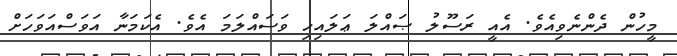
މީހުން ދެންނެވިއެވެ. އެއީ ރަސޫލު ޞައްލަ ޢަލައިހި ވަސައްލަމަ އެވެ. އެކަމަނާ އަވަސްއަވަހަށް